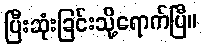
ပြီးဆုံးခြင်းသို့ရောက်ပြီ။